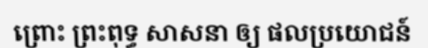
ព្រោះ ព្រះពុទ្ធ សាសនា ឲ្យ ផលប្រយោជន៍